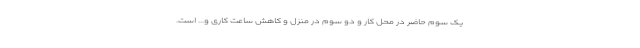
یک سوم حاضر در محل کار و دو سوم در منزل و کاهش ساعت کاری و... است.